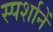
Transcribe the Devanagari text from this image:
स्पर्शानें